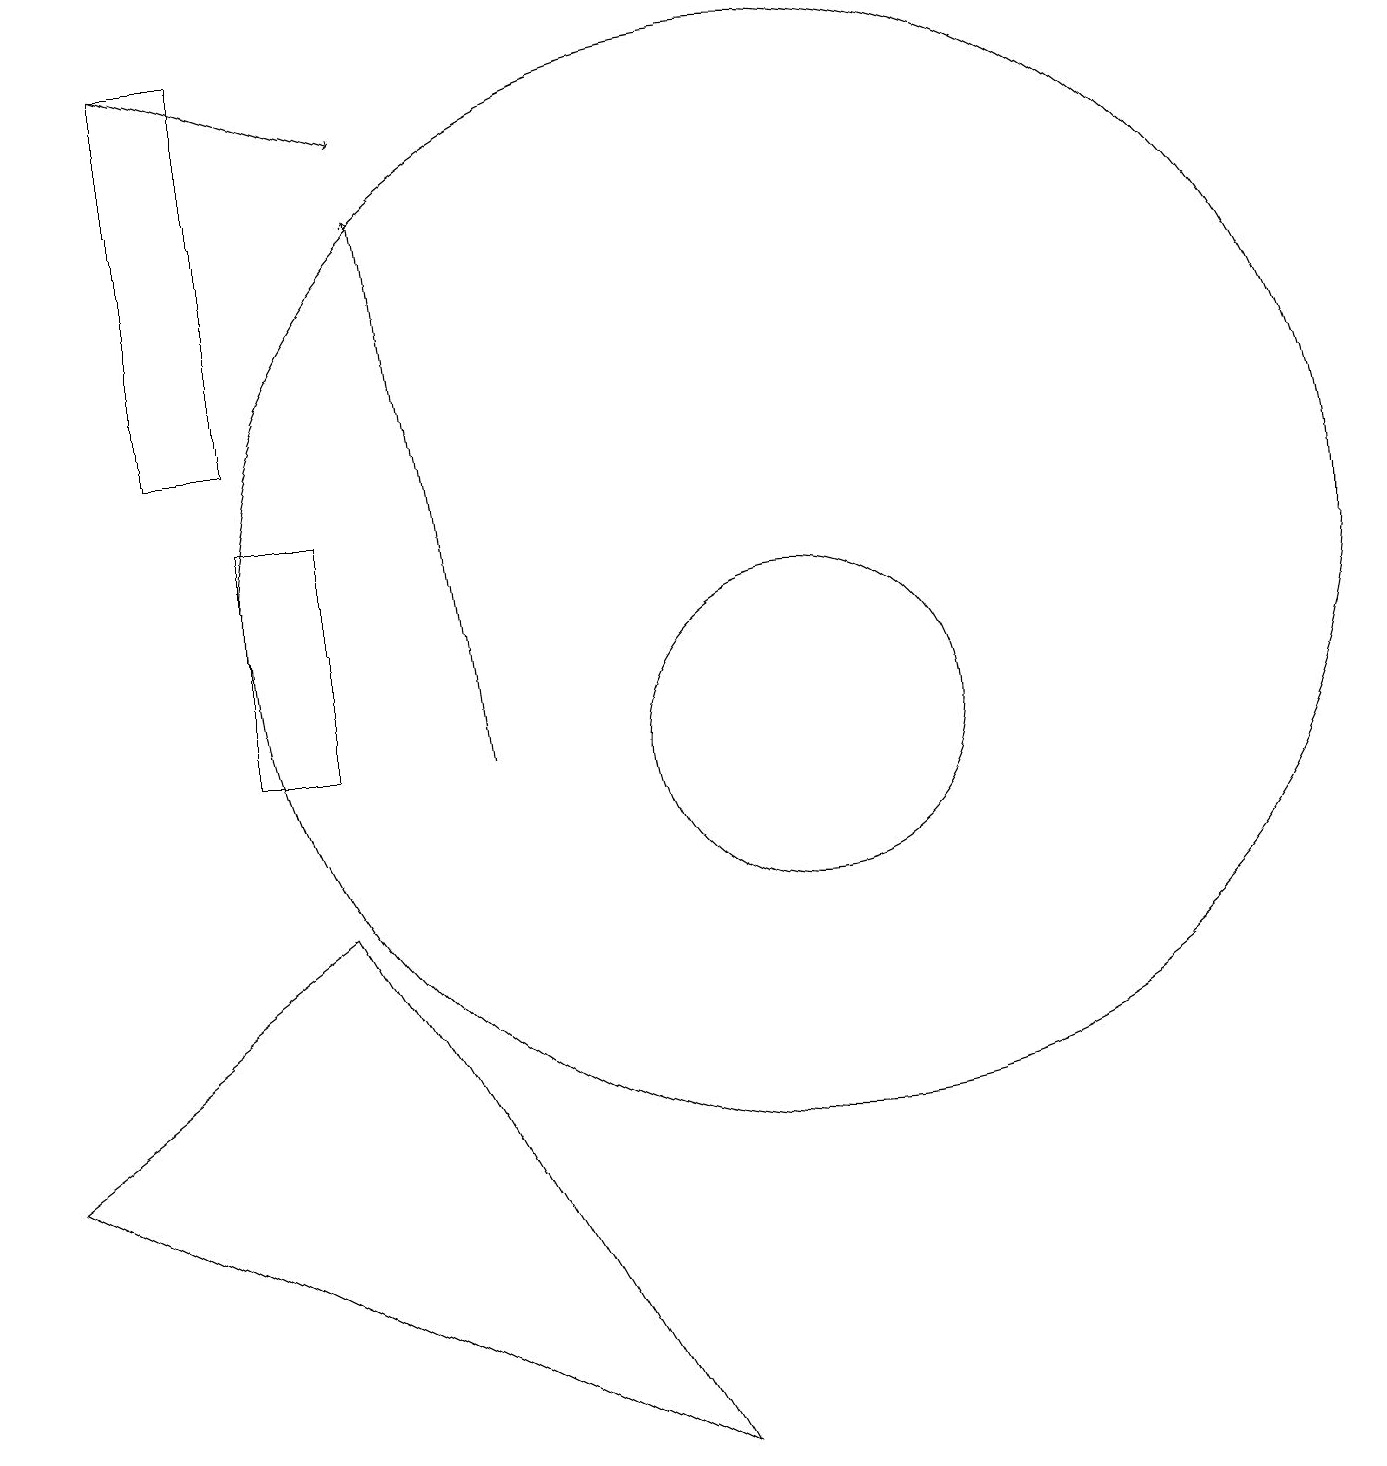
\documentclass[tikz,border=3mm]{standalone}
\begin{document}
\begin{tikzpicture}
\draw[->] (2,19) -- (5,18);
\draw (10,12) circle (7);
\draw[->] (6,10) -- (5,17);
\draw (10,10) circle (2);
\draw (8,1) -- (4,8) -- (0,5) -- cycle;
\draw (3,10) rectangle (4,13);
\draw (2,19) rectangle (3,14);
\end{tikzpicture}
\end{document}